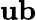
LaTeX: \mathbf{ub}